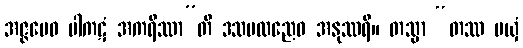
အဇ္ဇမေဝ ပါကဋံ အကရိဿာ”တိ ဒသဗလညေဝ အနုဿရိ။ တသ္မာ “တဿ မယှံ